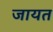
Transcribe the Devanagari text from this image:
जायत